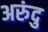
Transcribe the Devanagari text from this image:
अरुंदु